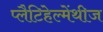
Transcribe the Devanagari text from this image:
प्लैटिहेल्मेंथीज